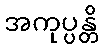
အကုပ္ပန္တိ